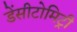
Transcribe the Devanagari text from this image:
डेंसीटोमिट्री